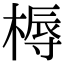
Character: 槈